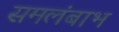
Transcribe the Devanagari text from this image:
समलंबाभ